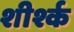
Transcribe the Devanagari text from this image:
शीर्श्क